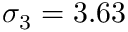
\sigma _ { 3 } = 3 . 6 3